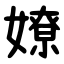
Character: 嫽